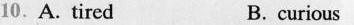
10.A. Tired B. curious